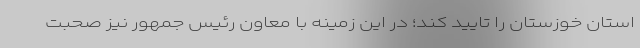
استان خوزستان را تایید کند؛ در این زمینه با معاون رئیس جمهور نیز صحبت